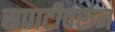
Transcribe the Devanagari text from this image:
सपाटीवरून